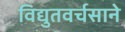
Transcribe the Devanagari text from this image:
विद्युतवर्चसाने